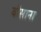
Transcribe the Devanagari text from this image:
बीसाना